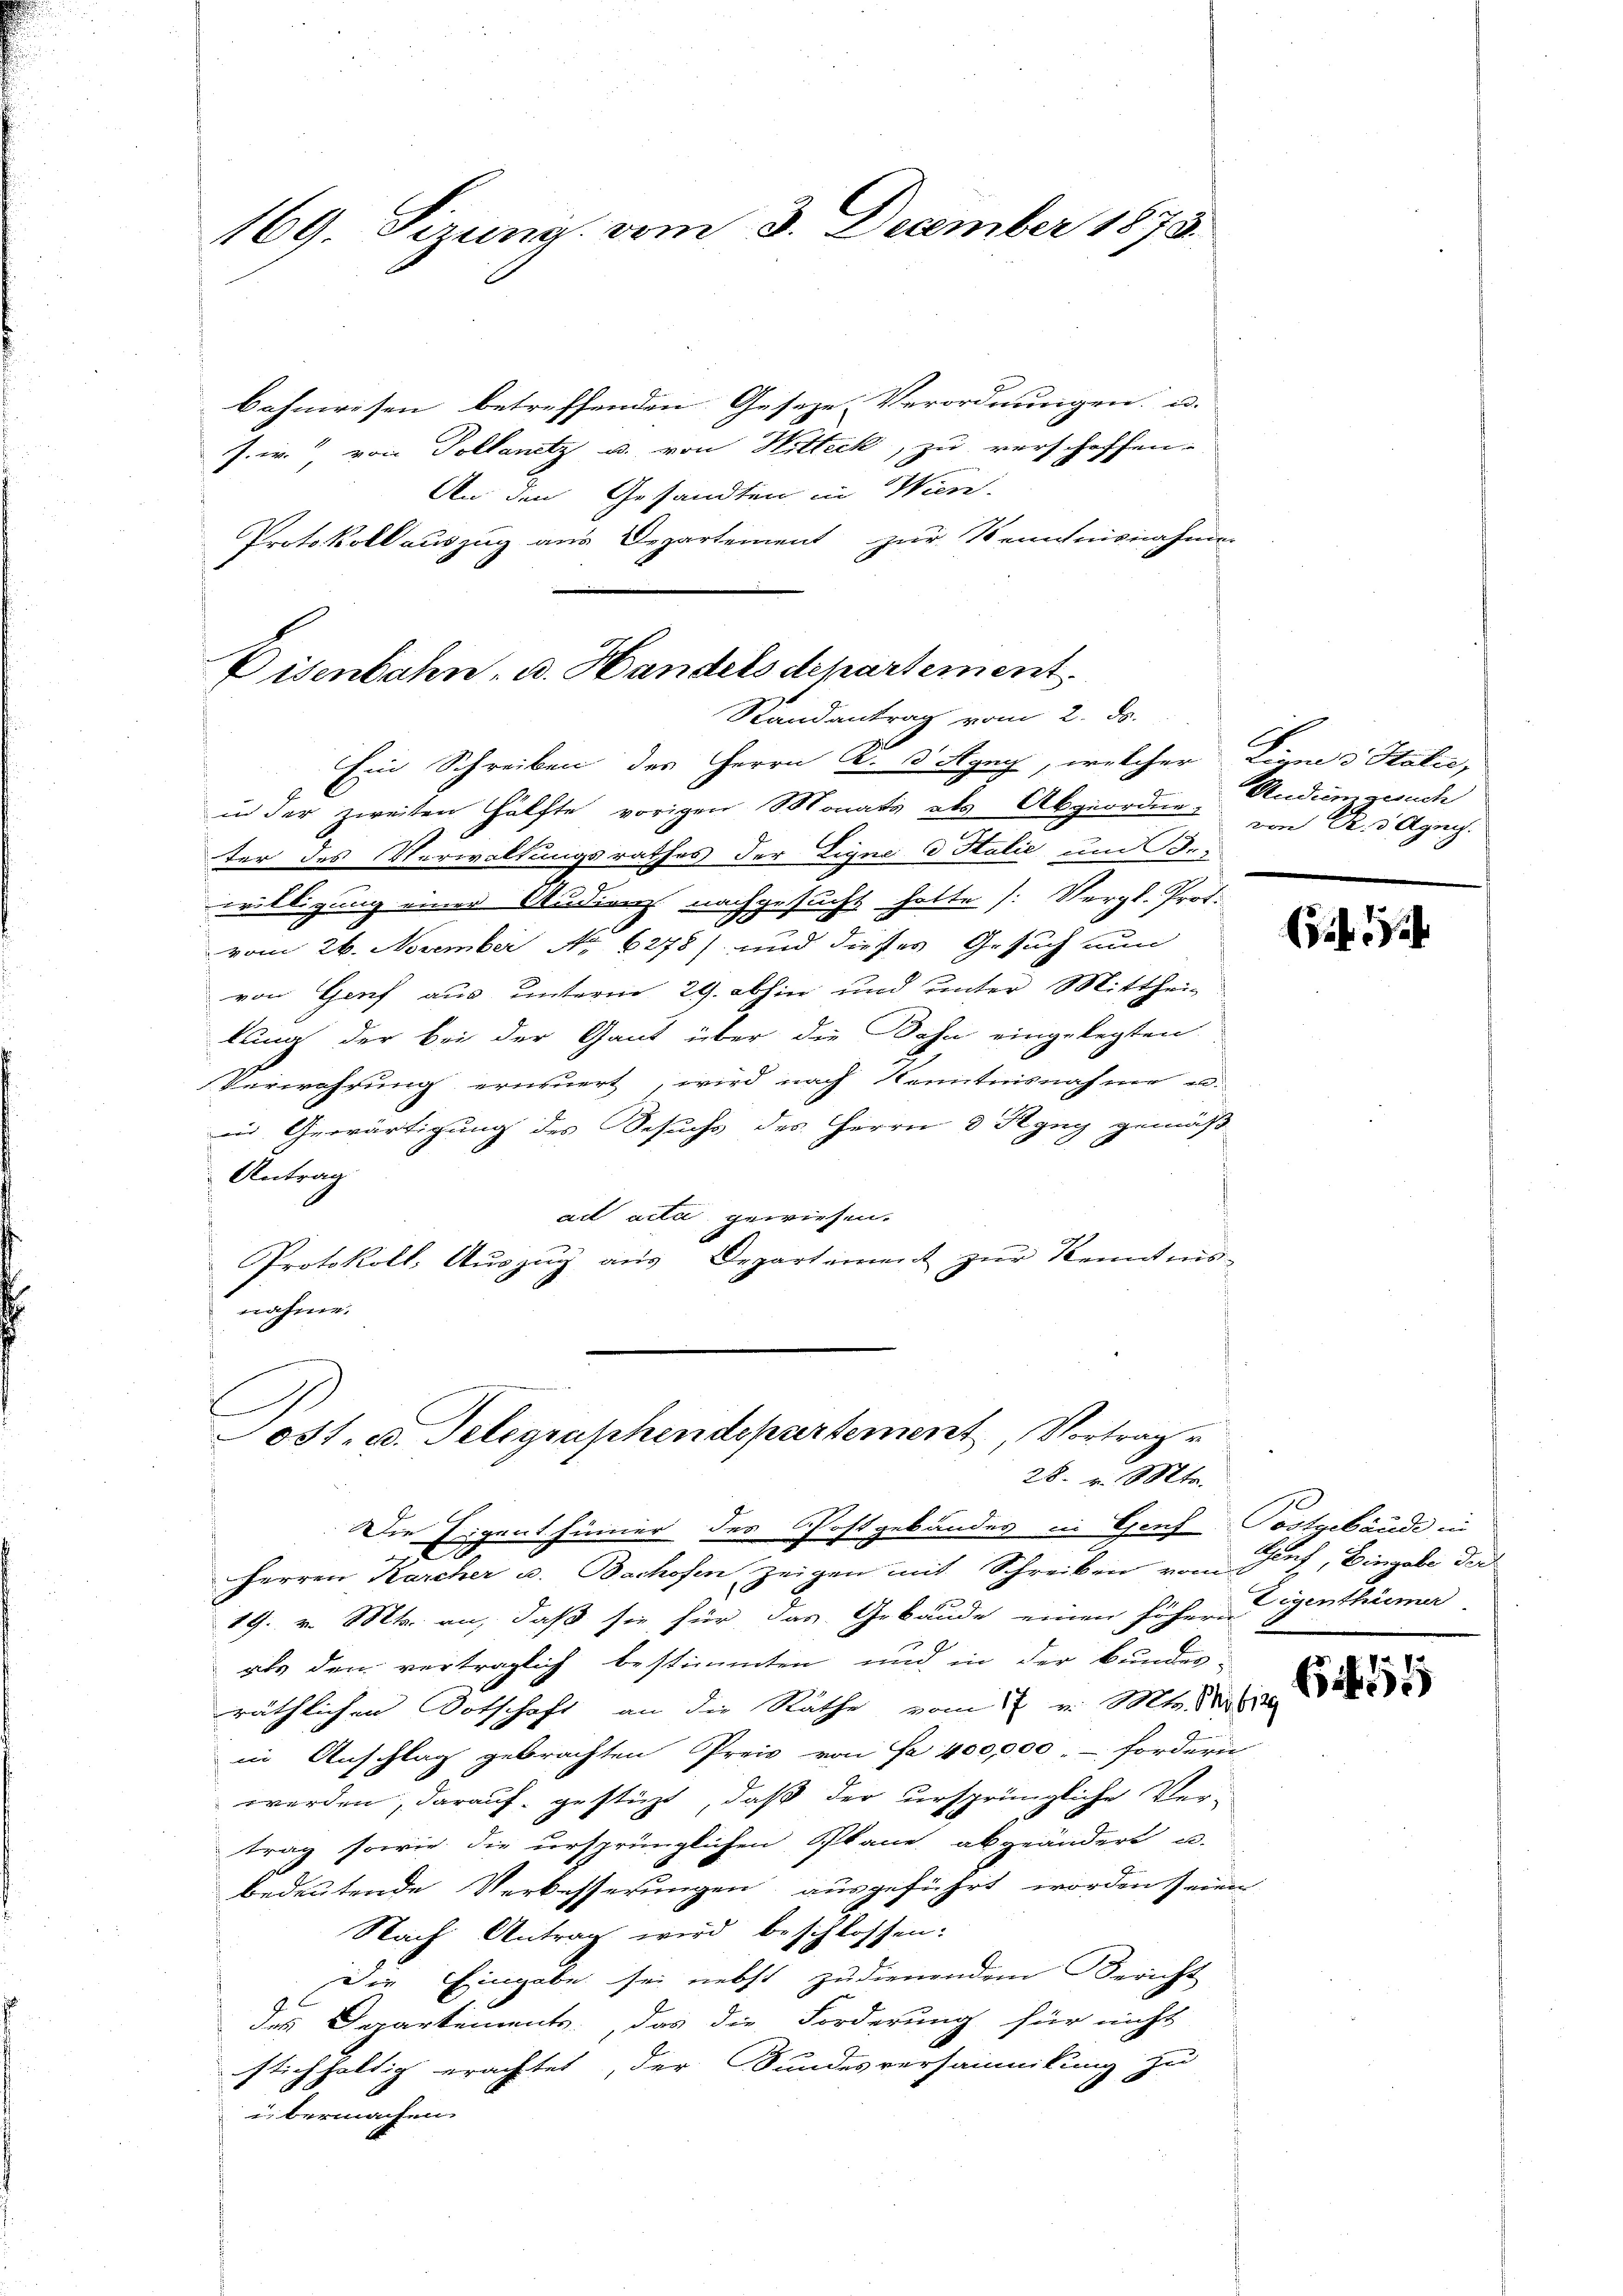
169. Sizung vom 3. December 1873.

bahnwesen betreffenden Geseze Verordnungen u.
s. w. von Dollantz u. von Hitteck, zu verschaffen-
An den Gesandten in Wien.
Protokoll auszug aus Departement zur Kenntnisnahmen
Visenbahn, u. Handels dechartement.

Randantrag vom 2. ds.

Ein Schreiben des Herrn K. d Hgny, welcher
in der zweiten Hälfte vorigen Monats als Abgeordneter des Verwaltungsrathes der Eigne d Italie um Bewilligung einer Studienz nachgesucht hatte (: Vergl. Prof.
vom 26. November No 6278) und dieses Gesuch nun
von Genf aus unterm 29. abhin und unter Mitthei-
lung der bei der Gant über die Bahn eingelegten
Verwahrung erneuert, wird nach Kenntnisnahme u.
in Gewärtigung des Besuchs des Herrn 3 Ryng gemäß
Antrag
ad acta gewiesen.
Protokoll, Auszug aus Departement zur Kenntnis-
nahme.
Jost, u. Telegraphendepartement, Vortrag
28. v. Mts.
Die Eigenthümer des Postgebäudes in Genf Postgebäude in
0
Herren Karcher u. Bachofen zeigen mit Schreiben vom Senf, Eingabe der
19. v. Mts. an, daß sie für das Gebäude einen höher Eigenthümer.
als den verträglich bestimmten und in der Bundes-
räthlichen Dotschaft an die Räthe vom 7 v. Mts. d
in Anschlag gebrachten Preis von Fr. 400,000.- fordern,
werden, darauf gestüzt, daß der ursprüngliche Ver-
trag sowie die ursprünglichen Plane abgeändert u.
bedeutende Verbesserungen, ausgeführt worden seine
Nach Antrag wird beschlossen:
Die Eingabe sei nebst zudienendem Bericht
des Departements, das die Forderung für nicht
stichhaltig erachtet, der Bundesversammlung zu
bermachen

C
Lirn 3 Stalie,
Andum gesuch
von R. 5 Agnes.

Eif
129